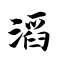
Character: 滔